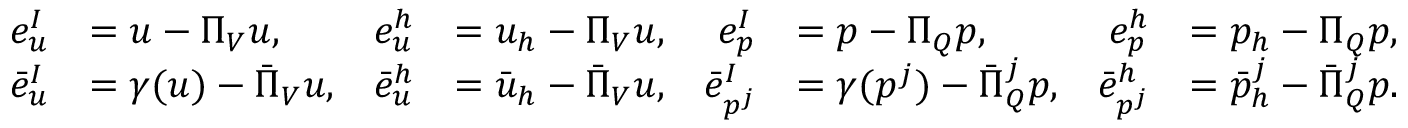
\begin{array} { r l r l r l r l } { e _ { u } ^ { I } } & { = u - \Pi _ { V } u , } & { e _ { u } ^ { h } } & { = u _ { h } - \Pi _ { V } u , } & { e _ { p } ^ { I } } & { = p - \Pi _ { Q } p , } & { e _ { p } ^ { h } } & { = p _ { h } - \Pi _ { Q } p , } \\ { \bar { e } _ { u } ^ { I } } & { = \gamma ( u ) - \bar { \Pi } _ { V } u , } & { \bar { e } _ { u } ^ { h } } & { = \bar { u } _ { h } - \bar { \Pi } _ { V } u , } & { \bar { e } _ { p ^ { j } } ^ { I } } & { = \gamma ( p ^ { j } ) - \bar { \Pi } _ { Q } ^ { j } p , } & { \bar { e } _ { p ^ { j } } ^ { h } } & { = \bar { p } _ { h } ^ { j } - \bar { \Pi } _ { Q } ^ { j } p . } \end{array}